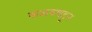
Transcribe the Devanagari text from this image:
कळवणहून